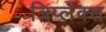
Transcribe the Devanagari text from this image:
त्रिप्लेक्स